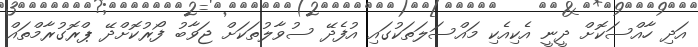
އަދި ހާއްސަކޮށް ދީނީ އެކިއެކި މައްސަލަތަކުގައި އުފެދޭ ސުވާލުތަކަށް ޖަވާބު ފޯރުކޮށްދޭ ޕްރޮގުރާމްތައް